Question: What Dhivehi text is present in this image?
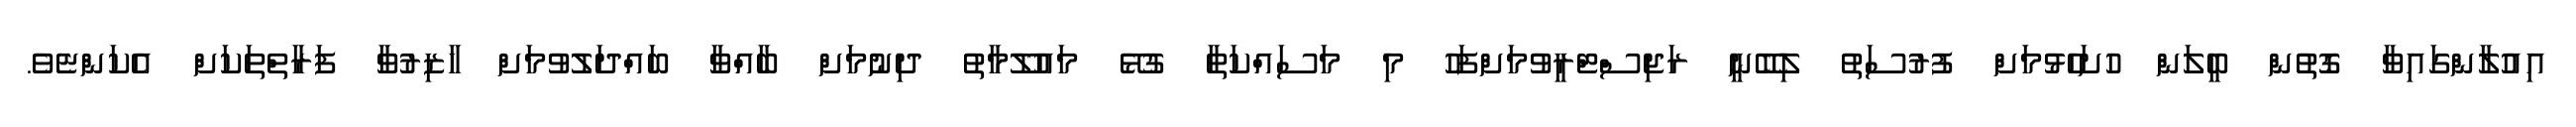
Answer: އިއުލާންގައިވާ ގޮތުން ބީލަން ހުށަހެޅުމަށް ފުރުސަތު ލިބޭނީ ރަޖިސްޓްރީވުމަށްފަހު މި މަސައްކަތާ ގުޅޭ މައުލޫމާތު ދިނުމަށް ބާއްވާ ބައްދަލުވުމަށް ހާޒިރުވާ ފަރާތްތަކަށް އެކަންޏެވެ.